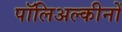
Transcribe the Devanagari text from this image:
पॉलिअल्कीनों